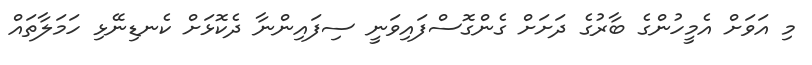
މި އަވަށް އެމީހުންގެ ބާރުގެ ދަށަށް ގެންގޮސްފައިވަނީ ސިފައިންނާ ދެކޮޅަށް ކެނޑިނޭޅި ހަމަލާތައް